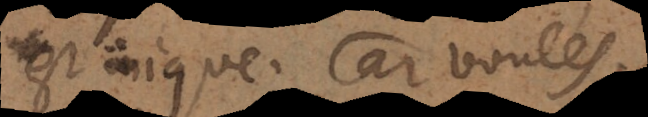
est inique. Car voulés